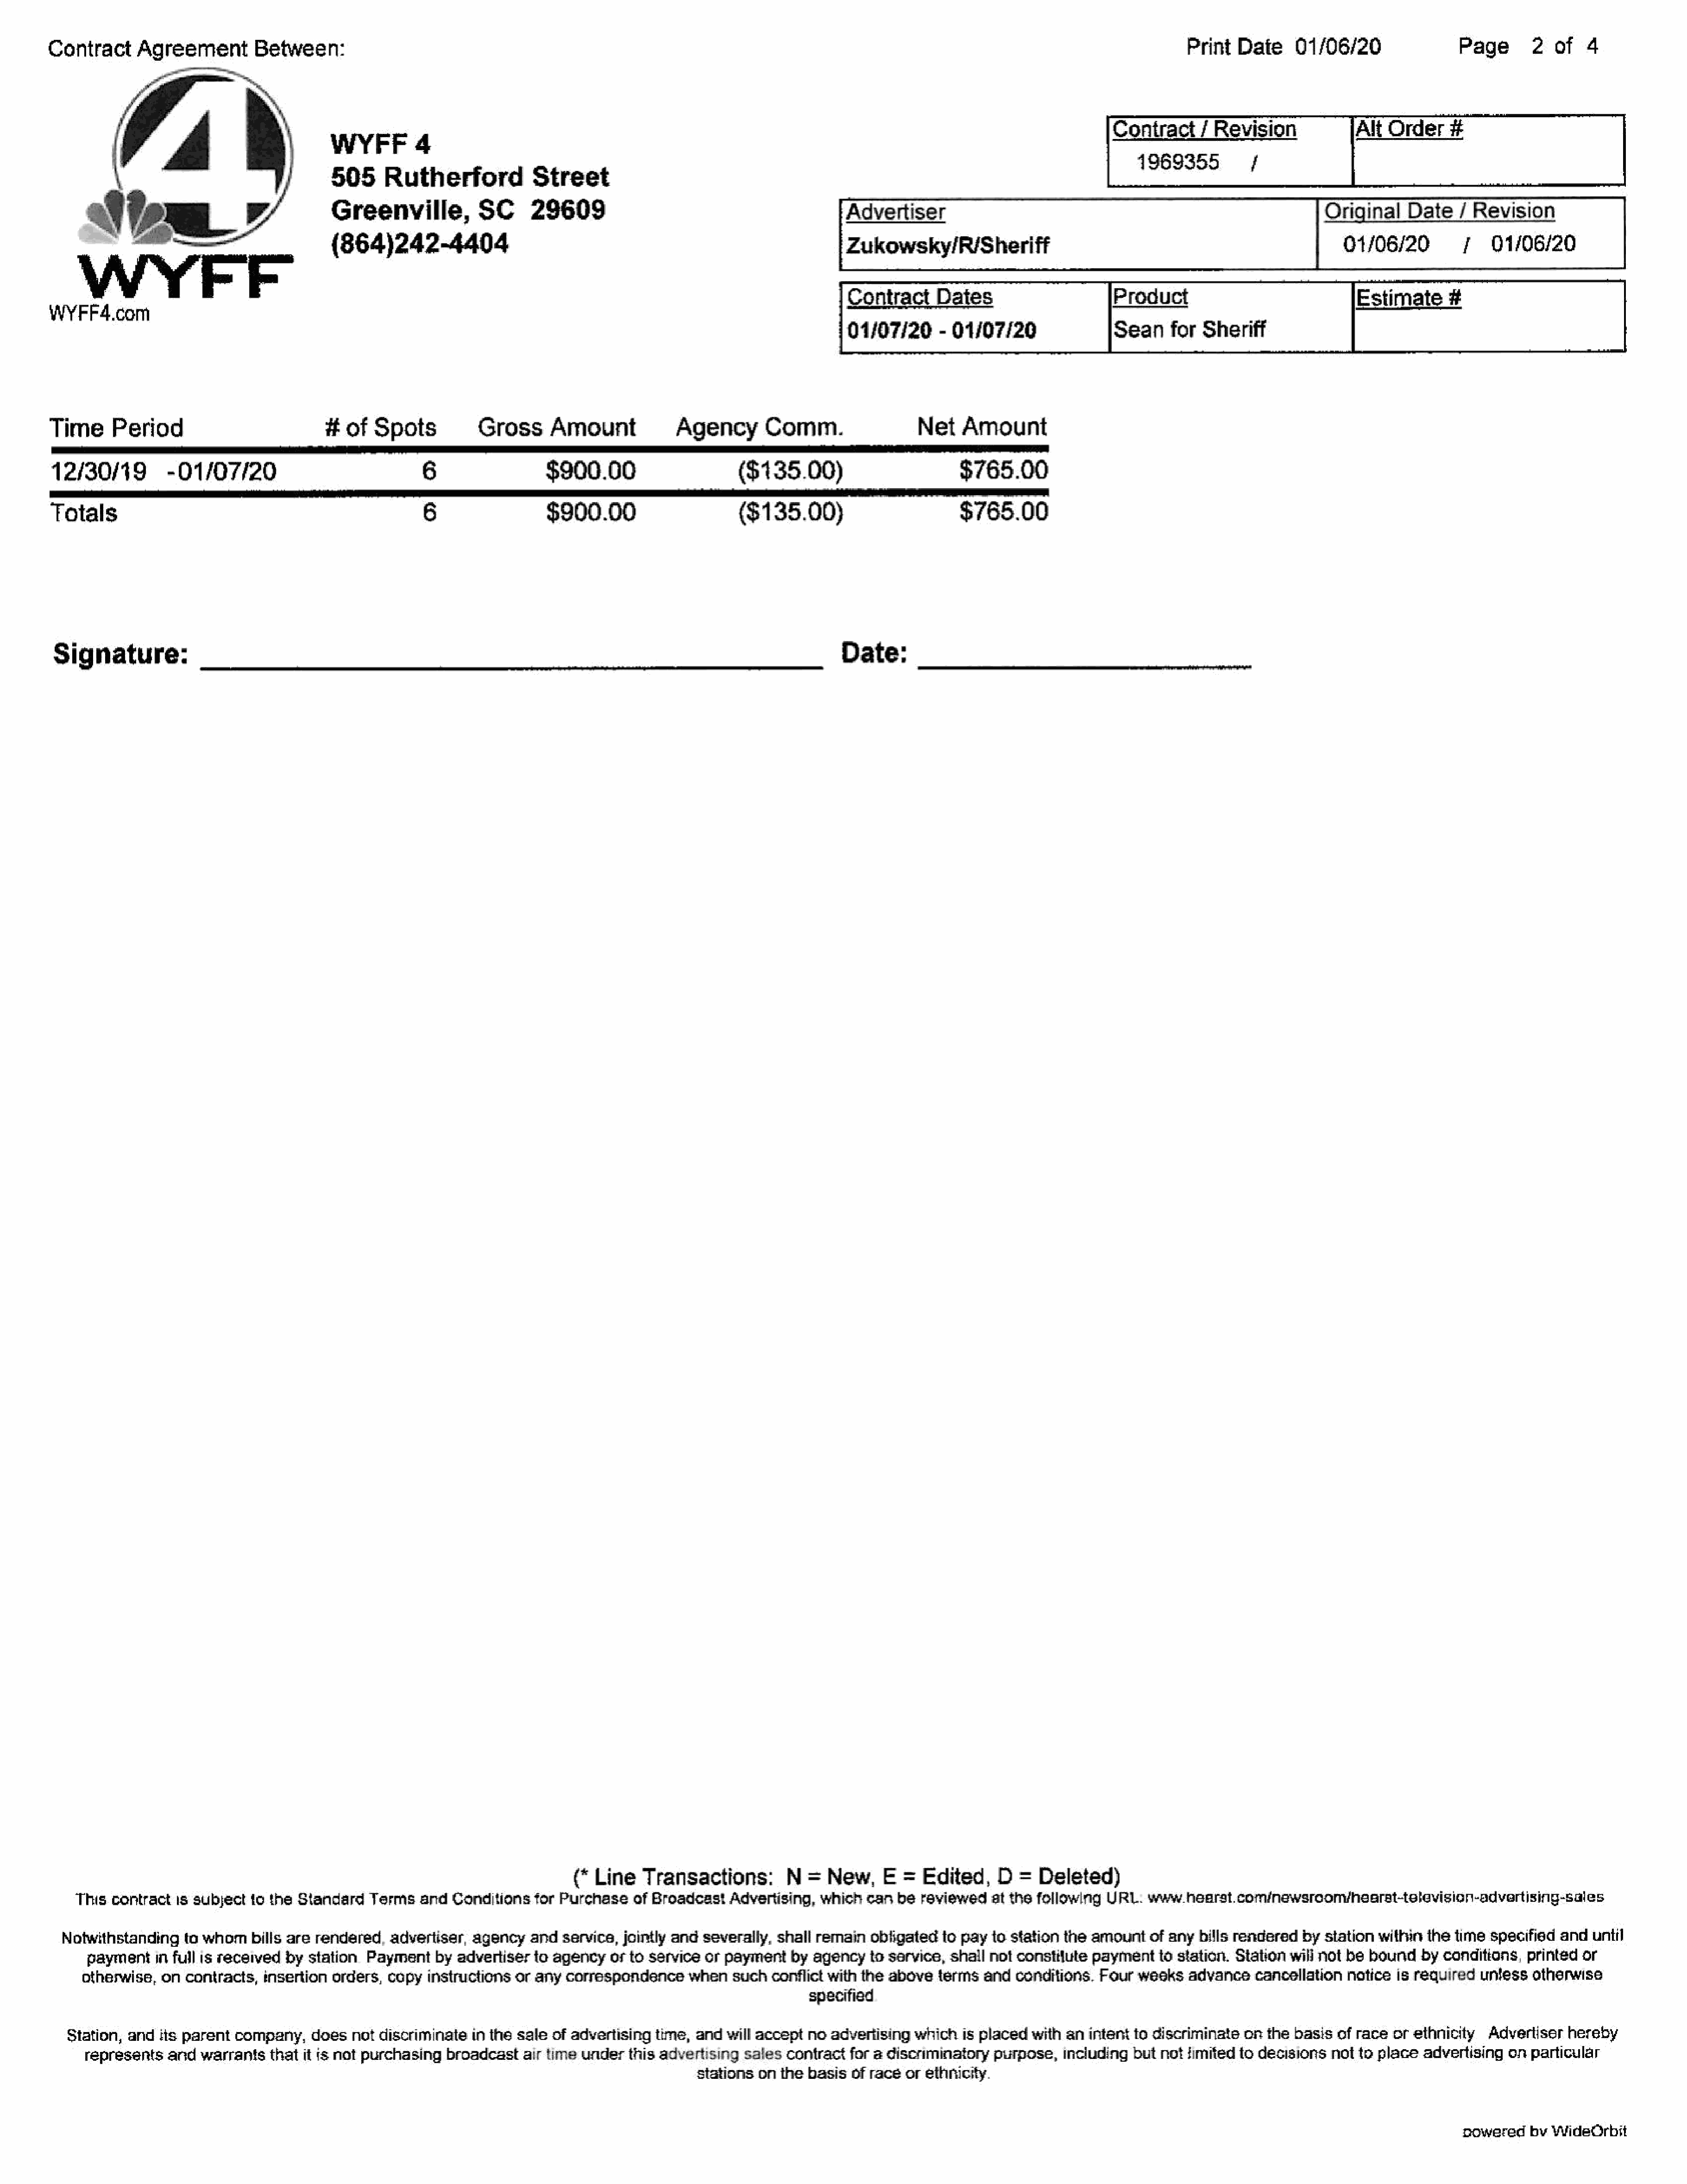
#Dates
 Contract     Agreement       Between:                                                                                                                              Print  Date    01/06/20                Page      2  of   4
 Contract     / Revision
 V4                             WYEFF4
 sgpss65         7
 505     Rutherford           Street
 Veg                    yw          Greenville,          SC      29609                                        ‘Advertiser                                                         Original    Date    / Revision
 “a8.                        (864)242-4404                                                             Zukowsky/R/Sheriff                                                     01/06/20         7   01/06/20
 Contract                              Product             /              Estimate
 WYFF4.com             FF
 01/07/20     - 01/07/20               Sean    for  Sheriff
 Time     Period                         #of   Spots          Gross      Amount            Agency      Comm.                 Net    Amount
 ee
 12/30/19         -01/07/20                           6                 $900.00                     ($135.00)                      $765.00
 ERE
 Totals                                                6                $900.00                     ($135.00)                      $765.00
 Signature:                                                                                                      Date:
 (* Line   Transactions:        N =  New,    E  =  Edited,    D  =  Deleted)
 ‘This contract 1s subject to the Standard Terms  and  Conditions for Purchase   of Broadcast Advertising, which  can be  reviewed  atthe following URL.  www_hearst.com/newsroom/hearat-television-advertising-sales
 Notwithstanding  to whombills   are rendered,  advertiser, agency  and service, jointly and severally, shall remain obligated to payto station the amountof   anybills rendered  by station within the time specified and  until
 paymentin    full is received by station Payment  by advertiser to agencyofto    service or payment  by agency  to service, shall not constitute paymentto  station. Station will not be boundby  conditions, printed or
 otherwise, on  contracts, insertion orders, copyinstructions  or any correspondence   when   such conflict with the above terms  and conditions. Four  weeks  advance  cancellation  notice is required untess otherwise
 specified
 Station, andits parent  company,   doesnotdiscriminatein    the sale of advertising time, and will accept no advertising which  is placed with an intentto discriminate on the basis of race or ethnicity  Advertiser hereby
 represents  and  warrants  thatit is not purchasing broadcast  air time under this advertising sales contract for a discriminatory purpose, includingbutnot   {imited to decisionsnot to place advertising  on particular
 stations on the basis of race or ethnicity.
 powered   by WideOrbit